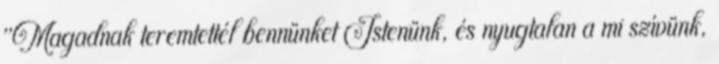
"Magadnak teremtettél bennünket Istenünk, és nyugtalan a mi szívünk,